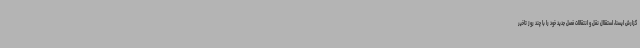
گزارش ایسنا، استقلال نقل و انتقالات فصل جدید خود را با چند روز تاخیر